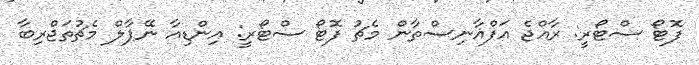
ފޮޓޯ ސްޓޯރީ: ރާއްޖެ އަފްޣާނިސްތާން މެޗު ފޮޓޯ ސްޓޯރީ: އިންޑިއާ ނޭޕާލް މެޗުތަޖްރިބާ